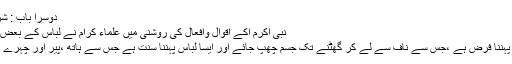
دوسرا باب : شرعی لباس کے چند بنیادی شرائط :
نبی اکرم اکے اقوال وافعال کی روشنی میں علماء کرام نے لباس کے بعض حسب ذیل شرائط تحریر کئے ہیں:
۱مرد حضرات کے لئے ایسا لباس پہننا فرض ہے ،جس سے ناف سے لے کر گھٹنے تک جسم چھپ جائے اور ایسا لباس پہننا سنت ہے جس سے ہاتھ ،پیر اور چہرے کے علاوہ مکمل جسم چھپ جائے۔